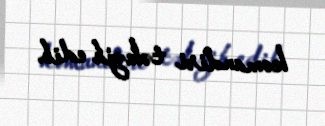
komandiri təkzib edib.